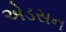
એડસન